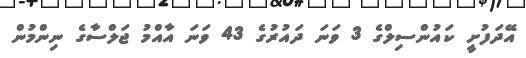
އޭދަފުށީ ކައުންސިލްގެ 3 ވަނަ ދައުރުގެ 43 ވަނަ އާއްމު ޖަލްސާގެ ނިންމުން